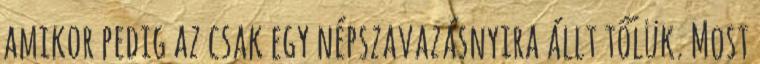
amikor pedig az csak egy népszavazásnyira állt tőlük. Most